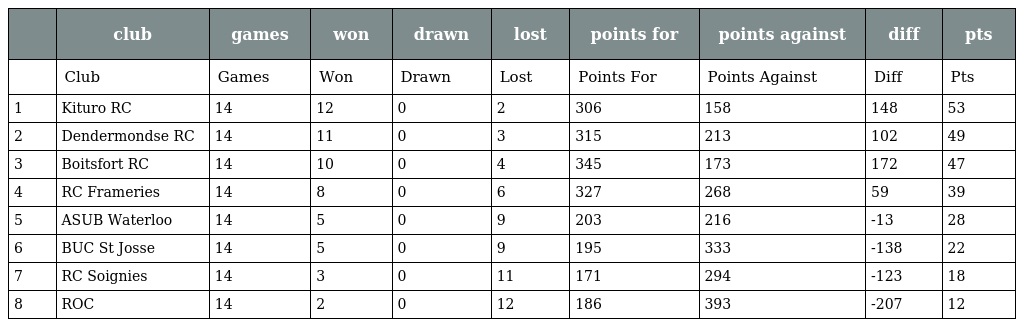
|  | club | games | won | drawn | lost | points for | points against | diff | pts |
 | --- | --- | --- | --- | --- | --- | --- | --- | --- | --- |
 |  | Club | Games | Won | Drawn | Lost | Points For | Points Against | Diff | Pts |
 | 1 | Kituro RC | 14 | 12 | 0 | 2 | 306 | 158 | 148 | 53 |
 | 2 | Dendermondse RC | 14 | 11 | 0 | 3 | 315 | 213 | 102 | 49 |
 | 3 | Boitsfort RC | 14 | 10 | 0 | 4 | 345 | 173 | 172 | 47 |
 | 4 | RC Frameries | 14 | 8 | 0 | 6 | 327 | 268 | 59 | 39 |
 | 5 | ASUB Waterloo | 14 | 5 | 0 | 9 | 203 | 216 | -13 | 28 |
 | 6 | BUC St Josse | 14 | 5 | 0 | 9 | 195 | 333 | -138 | 22 |
 | 7 | RC Soignies | 14 | 3 | 0 | 11 | 171 | 294 | -123 | 18 |
 | 8 | ROC | 14 | 2 | 0 | 12 | 186 | 393 | -207 | 12 |